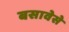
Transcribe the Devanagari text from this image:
बसावेसे